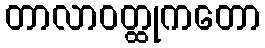
တာလာဝတ္ထုကတော